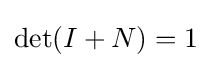
\det(I+N)=1